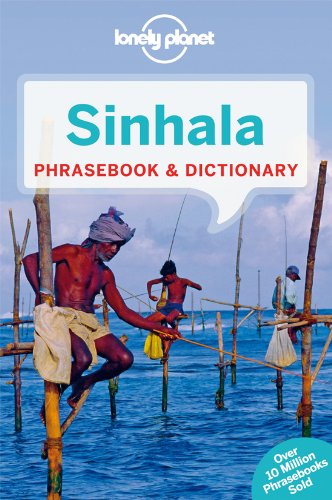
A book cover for Lonely Planet Sinhala (Sri Lanka) Phrasebook & Dictionary (Lonely Planet Phrasebook and Dictionary); Lonely Planet; Travel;